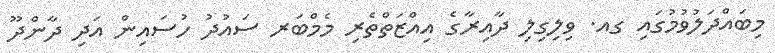
މިބައްދަލުވުމުގައި ގއ. ވިލިގިލި ދާއިރާގެ އިއްޒަތްތެރި މެމްބަރ ސައުދު ހުސައިން އަދި ދާންދޫ